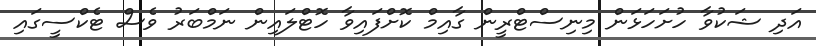
އަދި ޝަކުވާ ހުށަހަޅަން މިނިސްޓްރީން ގާއިމް ކޮށްފައިވާ ހޮޓްލައިން ނަމްބަރު ވެސް ޓެކްސީގައި